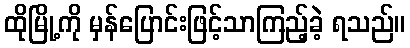
ထိုမြို့ကို မှန်ပြောင်းဖြင့်သာကြည့်ခဲ့ ရသည်။